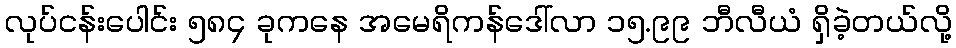
လုပ်ငန်းပေါင်း ၅၈၄ ခုကနေ အမေရိကန်ဒေါ်လာ ၁၅.၉၉ ဘီလီယံ ရှိခဲ့တယ်လို့